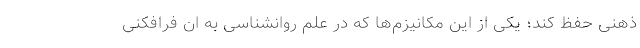
ذهنی حفظ کند؛ یکی از این مکانیزم‌ها که در علم روانشناسی به ان فرافکنی